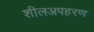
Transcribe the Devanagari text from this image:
शीलअपहरण